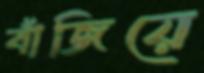
বাঁজিয়ে